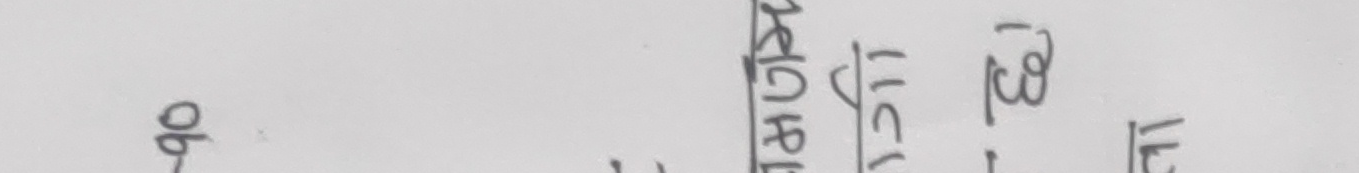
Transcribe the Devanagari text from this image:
१६०
जगेश्वर | ईश्वरी | था